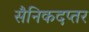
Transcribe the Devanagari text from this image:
सैनिकदप्तर